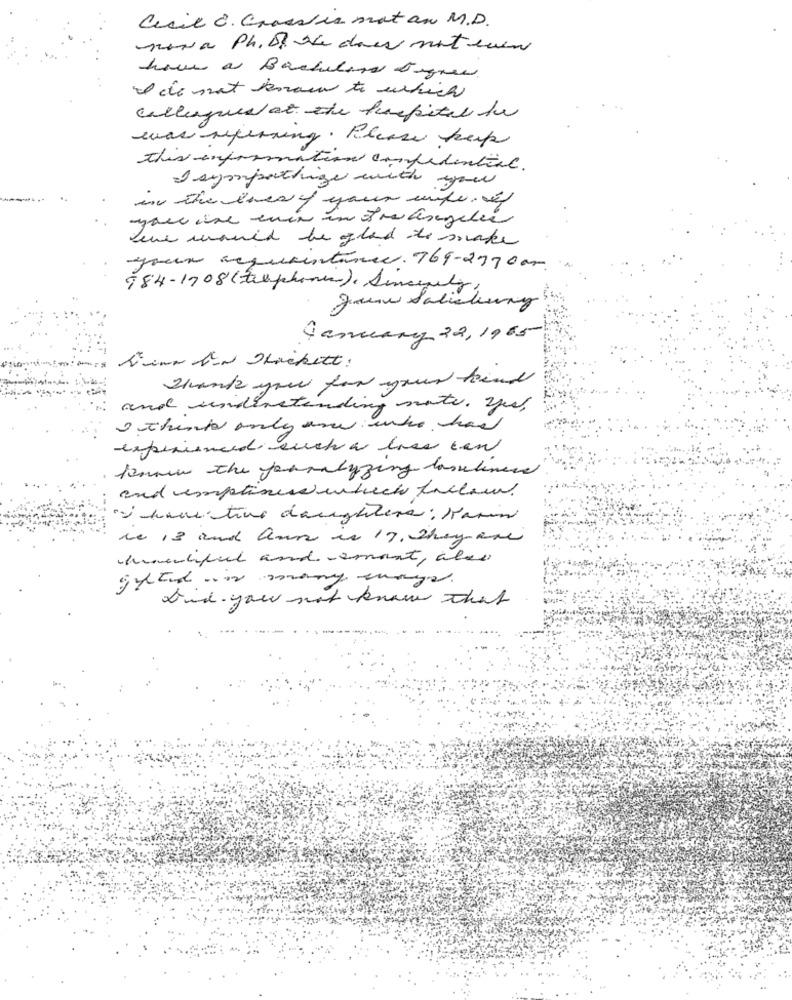
Cecil 8. Grass is not an M.D.
now a Ph. D. She does not even
have a Bachelors Jagres.
I de not known to which
callegues at the hospital to
wwas referring . Please keep
this information confidential.
I sympathinge with you
leve would be glad to make
your acquaintance. 769-2370am.
984-1908 (telephonic), Sincerely,
Jeune Salisbury
January 22, 1965
D'une I'd Shackett:
Thank you for your kind
and understanding note. you
I think only one who has
experienced such a lase can
kennen the fouralyzing loneliness
"I have time daughters: Karin
le 13 and auss in 19, They are
humanlifeel andsmont, also
Did you not know that